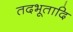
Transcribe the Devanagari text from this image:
तदभूतादि